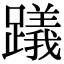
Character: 𨆋